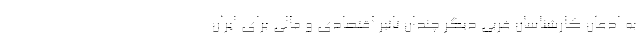
به اذعان کارشناسان غربی دیگر چندان تاثیر اقتصادی و مالی برای ایران